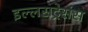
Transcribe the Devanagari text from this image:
इल्लसट्रेसंस